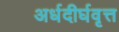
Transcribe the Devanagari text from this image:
अर्धदीर्घवृत्त